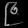
Digit: ၉